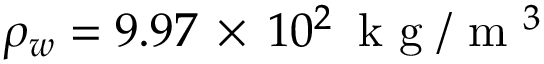
\rho _ { w } = 9 . 9 7 \, \times \, 1 0 ^ { 2 } \, \mathrm { ~ k ~ g ~ } / \mathrm { ~ m ~ } ^ { 3 }